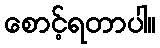
စောင့်ရတာပါ။